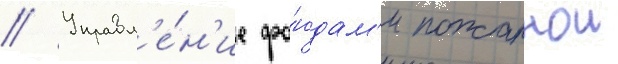
// Управл'е́н'ие фо́ндам'и пожарнои